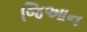
જિઆન